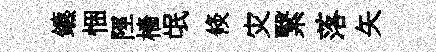
鑣悃陘檣氓倐灾繄落矢